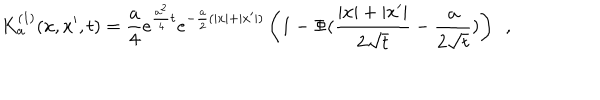
K _ { \bf a } ^ { ( 1 ) } ( x , x ^ { \prime } , t ) = { \frac { \bf a } { 4 } } e ^ { { \frac { { \bf a } ^ { 2 } } { 4 } } t } e ^ { - { \frac { \bf a } { 2 } } ( | x | + | x ^ { \prime } | ) } \left( 1 - \Phi ( { \frac { | x | + | x ^ { \prime } | } { 2 \sqrt { t } } } - { \frac { \bf a } { 2 \sqrt { t } } } ) \right) ~ ~ ,